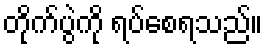
တိုက်ပွဲကို ရပ်စေရသည်။